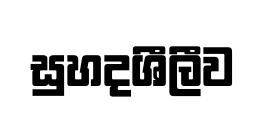
සුහදශීලීව